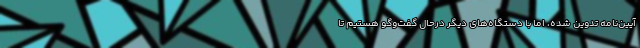
آیین‌نامه تدوین شده، اما با دستگاه‌های دیگر درحال گفت‌وگو هستیم تا